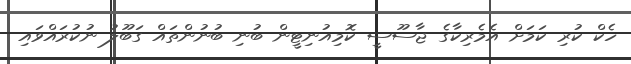
ހެކް ކުރި ކަމަށް އެމެރިކާގެ ޖާސޫސީ ކޮމިއުނިޓީން ބުނި ބުނުންތައް ގަބޫލު ނުކުރައްވައި